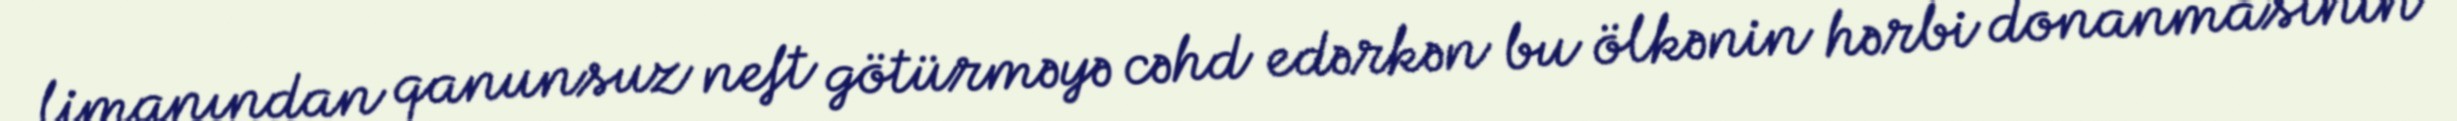
limanından qanunsuz neft götürməyə cəhd edərkən bu ölkənin hərbi donanmasının